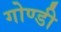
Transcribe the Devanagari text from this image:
गोण्डी